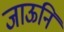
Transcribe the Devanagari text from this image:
जाऊनि